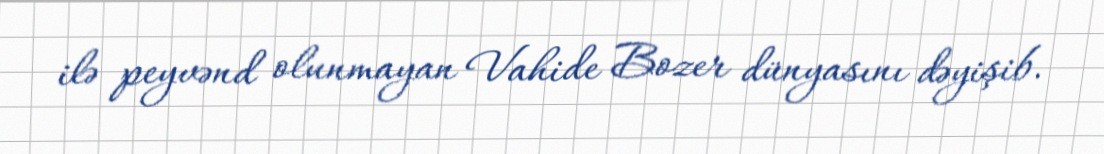
ilə peyvənd olunmayan Vahide Bozer dünyasını dəyişib.